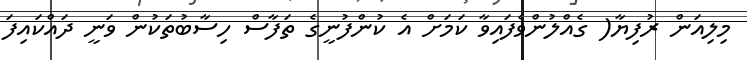
މިލިއަން ރުފިޔާ( ގެއްލުންވެފައިވާ ކަމަށް އެ ކުންފުނީގެ ތަފާސް ހިސާބުތަކުން ވަނީ ދައްކައިފަ